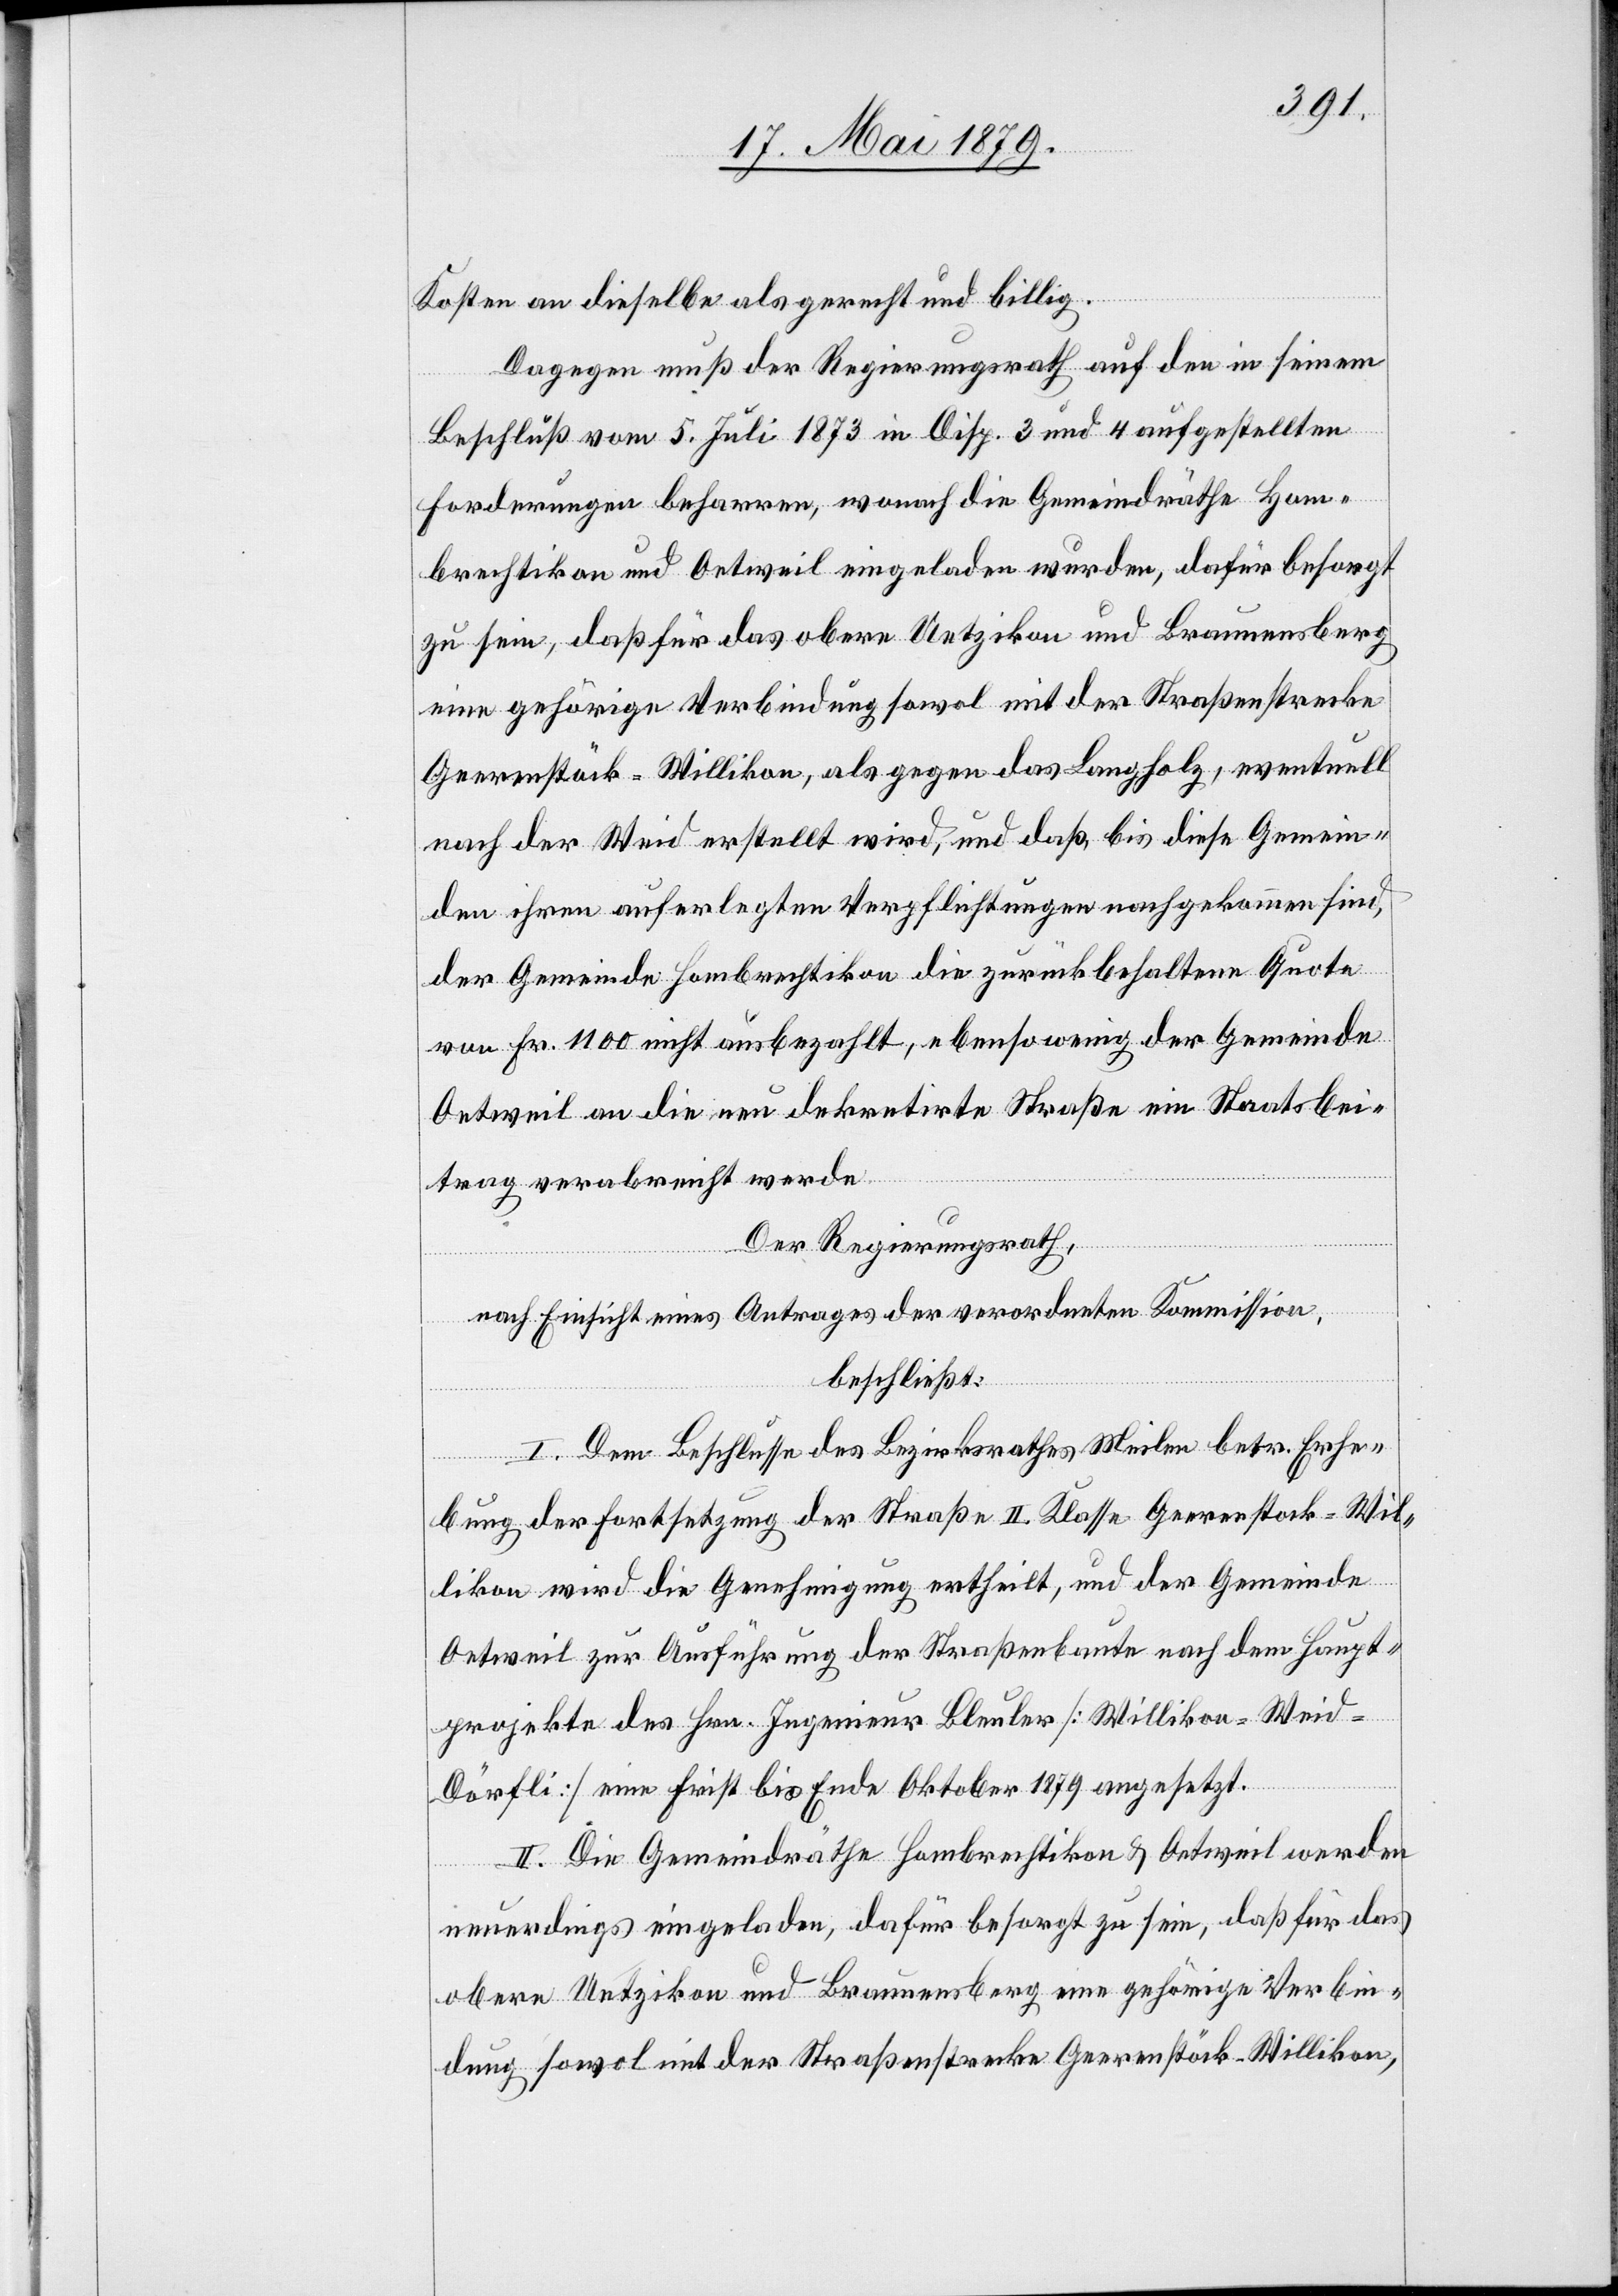
Kosten an dieselbe als gerecht und billig.
Dagegen muß der Regierungsrath auf den in seinem
Beschluß vom 5. Juli 1873 in Disp. 3 und 4 aufgestellten
Forderungen beharren, wonach die Gemeindräthe Hom¬
brechtikon und Oetweil eingeladen wurden, dafür besorgt
zu sein, daß für das obere Uetzikon und Braunensberg
eine gehörige Verbindung sowol mit der Straßenstrecke
Geerenstöck–Willikon, als gegen das Langholz, eventuell
nach der Weid erstellt wird, und daß, bis diese Gemein¬
den ihren auferlegten Verpflichtungen nachgekommen sind,
der Gemeinde Hombrechtikon die zurückbehaltene Quote
von Fr. 1100 nicht ausbezahlt, ebensowenig der Gemeinde
Oetweil an die neu dekretirte Straße ein Staatsbei¬
trag verabreicht werde.
Der Regierungsrath,
nach Einsicht eines Antrages der verordneten Kommisssion,
beschließt:
I. Dem Beschlusse des Bezirksrathes Meilen betr. Erhe¬
bung der Fortsetzung der Straße II. Klasse Geerenstock–Wil¬
likon wird die Genehmigung ertheilt, und der Gemeinde
Oetweil zur Ausführung der Straßenbaute nach dem Haupt¬
projekte des Hrn. Ingenieur Bleuler [Willikon–Weid–D¬
örfli] eine Frist bis Ende Oktober 1879 angesetzt.
II. Die Gemeindräthe Hombrechtikon & Oetweil werden
neuerdings eingeladen, dafür besorgt zu sein, daß für das
obere Uetzikon und Braunensberg eine gehörige Verbin¬
dung sowol mit der Straßenstrecke Geerenstöck–Willikon,